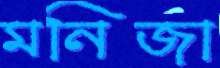
মনিজা